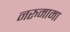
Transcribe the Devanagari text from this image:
नरुमामा